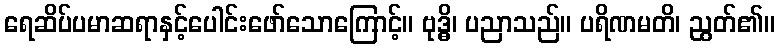
ရေဆိပ်ပမာဆရာနှင့်ပေါင်းဖော်သောကြောင့်။ ဗုဒ္ဓိ၊ ပညာသည်။ ပရိဏမတိ၊ ညွတ်၏။